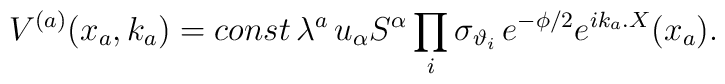
V^{(a)}(x_{a},k_{a})=const\, \lambda ^{a}\, u_{\alpha }S^{\alpha }\prod_{i}\sigma_{\vartheta_i}\, e^{-\phi /2}e^{ik_{a}.X}(x_{a}).